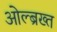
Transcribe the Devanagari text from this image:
ओल्ब्रख्त